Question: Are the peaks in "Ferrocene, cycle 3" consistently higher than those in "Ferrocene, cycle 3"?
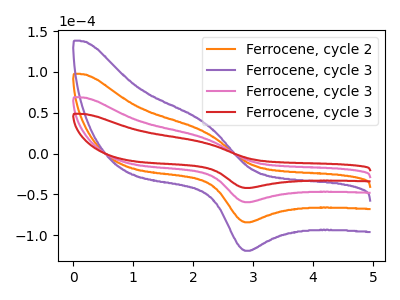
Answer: <think>The orange curve "Ferrocene, cycle 2" has an anodic peak at (2.15V, 38.55uA) and a cathodic peak at (2.90V, -118.80uA). The purple curve "Ferrocene, cycle 3" has an anodic peak at (2.15V, 57.80uA) and a cathodic peak at (2.90V, -178.20uA). The pink curve "Ferrocene, cycle 3" has an anodic peak at (2.15V, 19.25uA) and a cathodic peak at (2.90V, -59.40uA). The red curve "Ferrocene, cycle 3" has an anodic peak at (2.15V, 13.60uA) and a cathodic peak at (2.90V, -42.00uA).</think>
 <answer>Every peak in "Ferrocene, cycle 3" is lower than every peak in "Ferrocene, cycle 3".</answer>
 <eval>lower</eval>